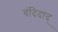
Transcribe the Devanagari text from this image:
बंदिदाद्